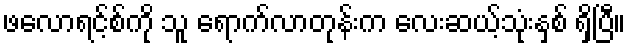
ဖလောရင့်စ်ကို သူ ရောက်လာတုန်းက လေးဆယ့်သုံးနှစ် ရှိပြီ။